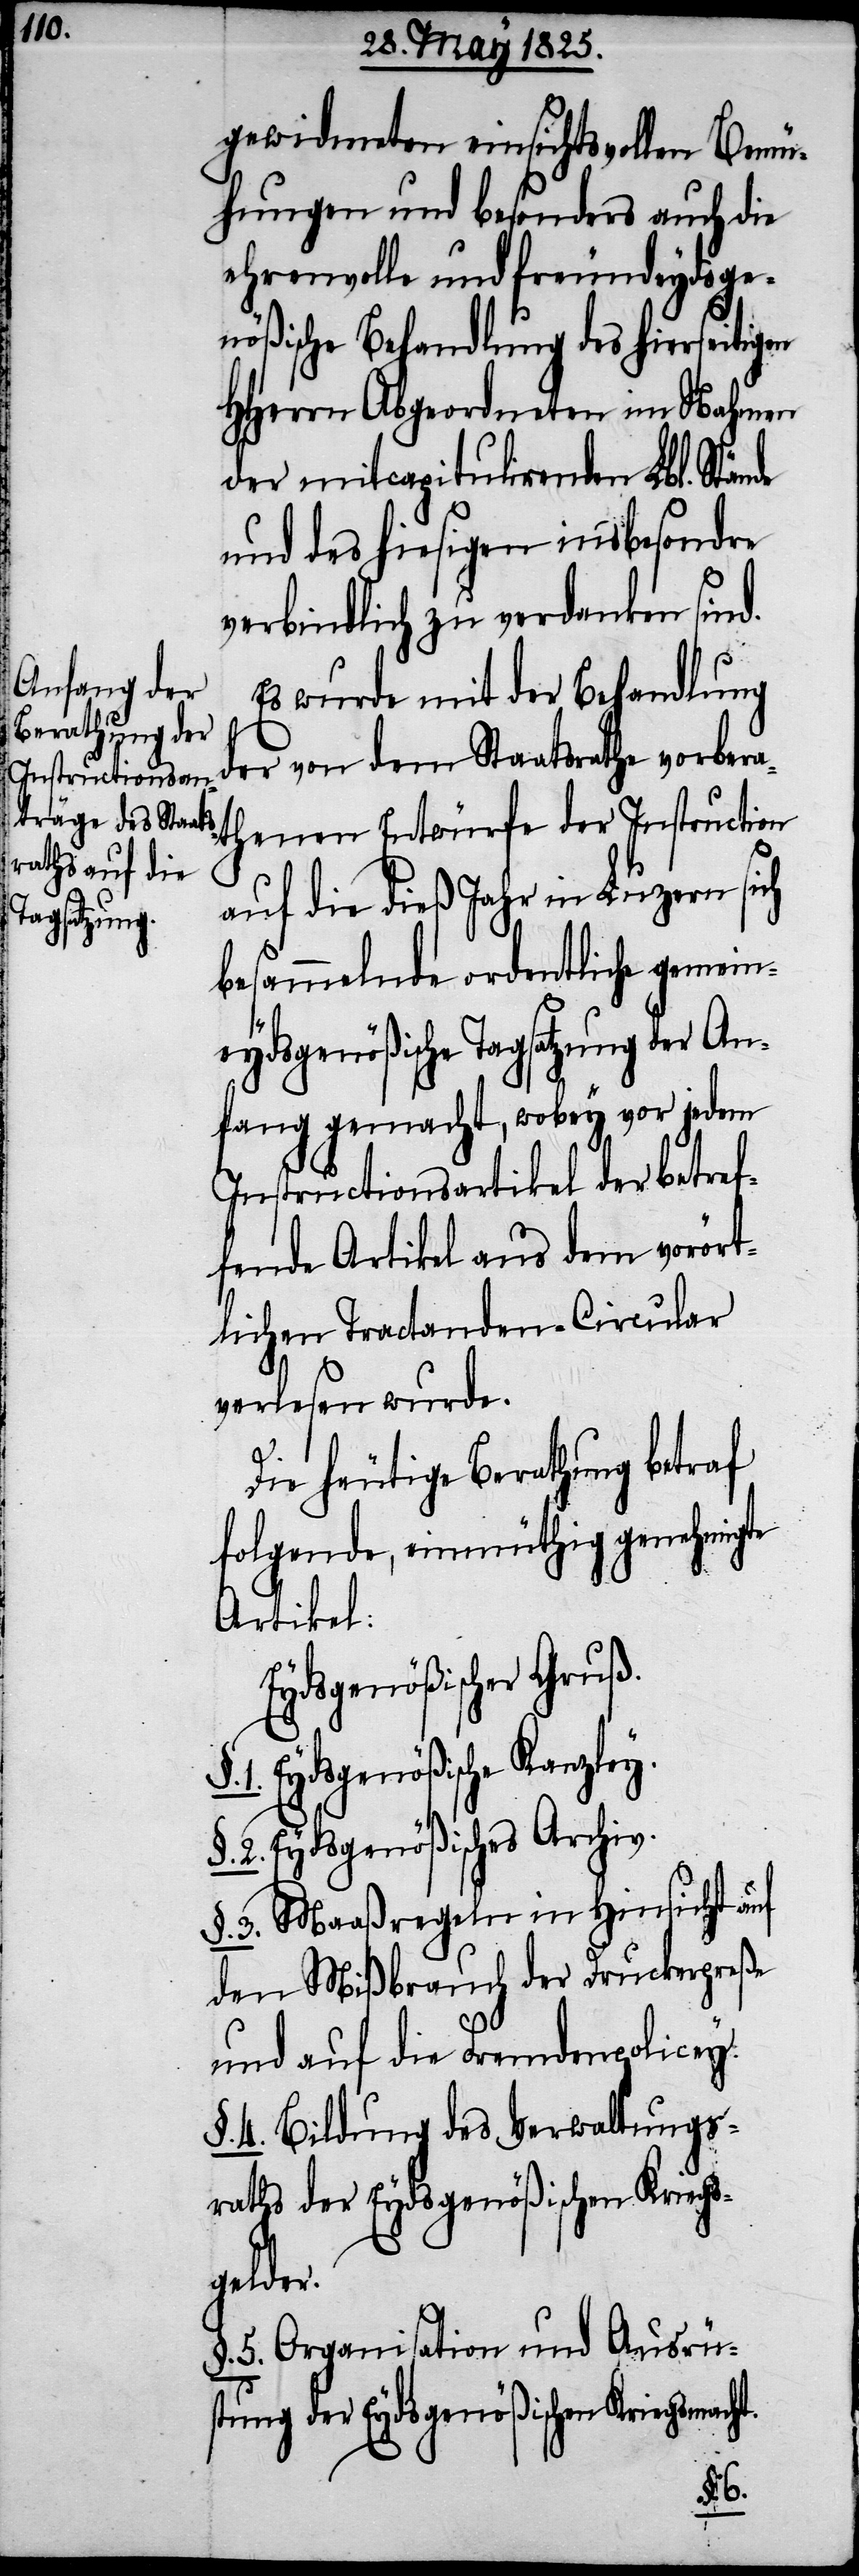
1.

gewidmeten einsichtsvollen Bemü¬
hungen und besonders auch die
ehrenvolle und freundeydsge¬
nößische Behandlung des hierseitig¬
HHerrn Abgeordneten im Nahmen
der mitcapitulirenden Lbl. Stände
und des hiesigen insbesondre
verbindlich zu verdanken sind.
Es wurde mit der Behandlung
der von dem Staatsrathe vorbera¬
thenen Entwürfe der Instruction
auf die dieß Jahr in Luzern sich
besammelnde ordentliche gemein¬
eydsgenößische Tagsatzung der An¬
fang gemacht, wobey vor jedem
Instructionsartikel der betref¬
fende Artikel aus dem vorört¬
lichen Tractanden-Circular
verlesen wurde.
ht.
Die heutige Berathung betraf
folgende, einmüthig genehmigte
Artikel:
Eydsgenößischer Gruß.
Eydsgenößische Kanzley.
2. Eydsgenößisches Archiv.
§. 3. Maaßregeln in Hinsicht auf
den Mißbrauch der Druckerpreße
§.
und auf die Fremdenpolicey.
4. Bildung des Verwaltungs¬
raths der Eydsgenößischen Kriegs¬
gelder.
§. 5. Organisation und Ausrüs¬
tung der Eydsgenößischen Kriegsmac¬